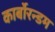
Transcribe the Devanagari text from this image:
कार्बोरन्डम